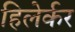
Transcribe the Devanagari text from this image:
हिलेर्कर